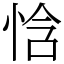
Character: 㤷